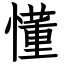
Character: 懂